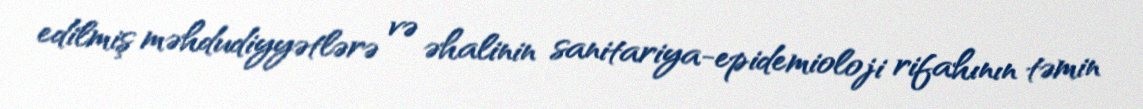
edilmiş məhdudiyyətlərə və əhalinin sanitariya-epidemioloji rifahının təmin